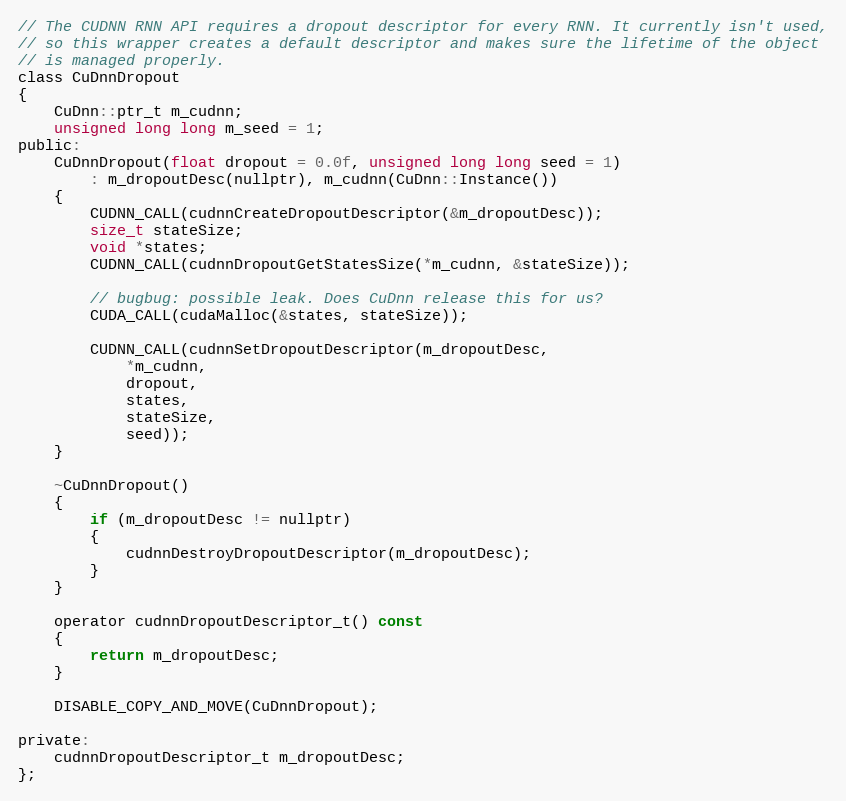
Language: C
// The CUDNN RNN API requires a dropout descriptor for every RNN. It currently isn't used,
// so this wrapper creates a default descriptor and makes sure the lifetime of the object
// is managed properly.
class CuDnnDropout
{
    CuDnn::ptr_t m_cudnn;
    unsigned long long m_seed = 1;
public:
    CuDnnDropout(float dropout = 0.0f, unsigned long long seed = 1)
        : m_dropoutDesc(nullptr), m_cudnn(CuDnn::Instance())
    {
        CUDNN_CALL(cudnnCreateDropoutDescriptor(&m_dropoutDesc));
        size_t stateSize;
        void *states;
        CUDNN_CALL(cudnnDropoutGetStatesSize(*m_cudnn, &stateSize));

        // bugbug: possible leak. Does CuDnn release this for us?
        CUDA_CALL(cudaMalloc(&states, stateSize));

        CUDNN_CALL(cudnnSetDropoutDescriptor(m_dropoutDesc,
            *m_cudnn,
            dropout,
            states,
            stateSize,
            seed));
    }

    ~CuDnnDropout()
    {
        if (m_dropoutDesc != nullptr)
        {
            cudnnDestroyDropoutDescriptor(m_dropoutDesc);
        }
    }

    operator cudnnDropoutDescriptor_t() const
    {
        return m_dropoutDesc;
    }

    DISABLE_COPY_AND_MOVE(CuDnnDropout);

private:
    cudnnDropoutDescriptor_t m_dropoutDesc;
};